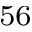
^ { 5 6 }